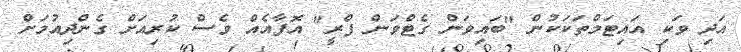
އަދި ވަކި އައިޓަމްތަކަކުން "ބައިވަން ގެޓްވަން ފްރީ" އޮފާއެއް ވެސް ކުރިއަށް ގެންދިއުމަށް